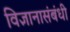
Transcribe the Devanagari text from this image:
विज्ञानासंबंधी